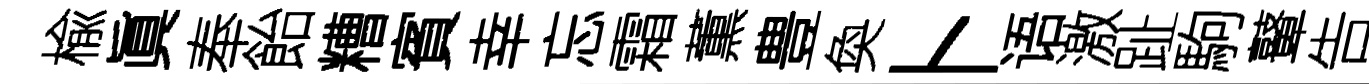
楡眞奉飴糟賓幸忘霜薫豊奐卜语激趾駒鼙告